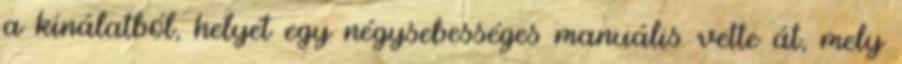
a kínálatból, helyét egy négysebességes manuális vette át, mely